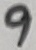
Text: 9